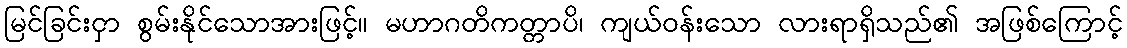
မြင်ခြင်းငှာ စွမ်းနိုင်သောအားဖြင့်။ မဟာဂတိကတ္တာပိ၊ ကျယ်ဝန်းသော လားရာရှိသည်၏ အဖြစ်ကြောင့်